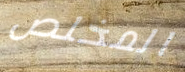
المخلص